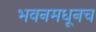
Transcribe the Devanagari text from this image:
भवनमधूनच